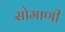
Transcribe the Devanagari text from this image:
सोमाणी